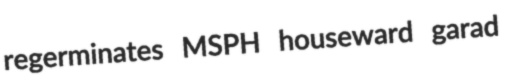
regerminates MSPH houseward garad